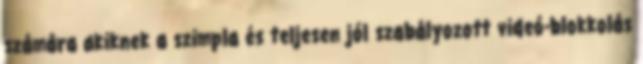
számára akiknek a szimpla és teljesen jól szabályozott videó-blokkolás